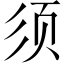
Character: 须